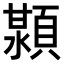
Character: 𬱊